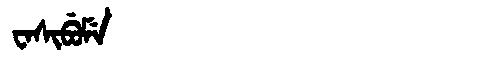
Manchu: ᠸᠠᠰᡳᠪᡠᠮᡝ
Romanization: WASIBUME